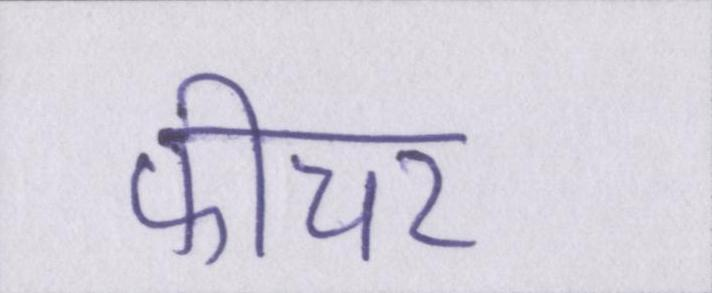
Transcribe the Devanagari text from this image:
फीचर